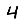
Digit: 4